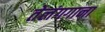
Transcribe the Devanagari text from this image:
तेलंगगाना